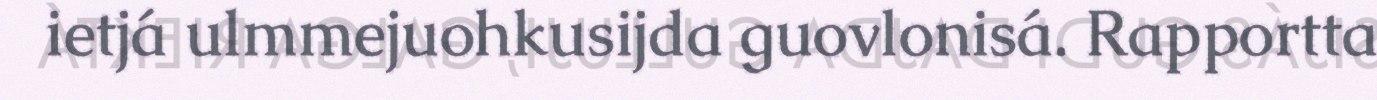
ietjá ulmmejuohkusijda guovlonisá. Rapportta